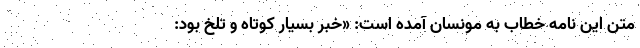
متن این نامه خطاب به مونسان آمده است: «خبر بسیار کوتاه و تلخ بود: